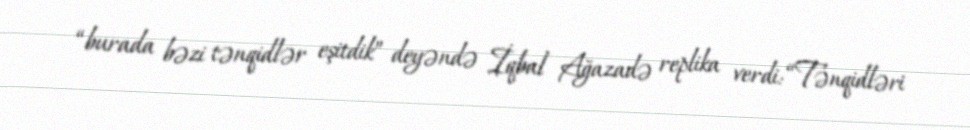
“burada bəzi tənqidlər eşitdik” deyəndə İqbal Ağazadə replika verdi: “Tənqidləri